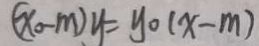
( x _ { 0 } - m ) y = y _ { 0 } ( x - m )